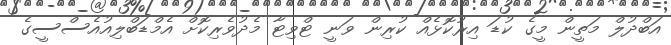
އަބްދުލް މަތީން މީގެ ކުޑަ އިރުކޮޅެއް ކުރިން ވަނީ ޓްވިޓާ މެދުވެރިކޮށް އެމްޑަބްލިއުއެސްސީގެ